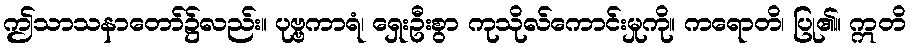
ဤသာသနာတော်၌လည်း။ ပုဗ္ဗကာရံ၊ ရှေးဦးစွာ ကုသိုလ်ကောင်းမှုကို။ ကရောတိ၊ ပြု၏။ ဣတိ